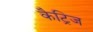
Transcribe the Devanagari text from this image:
कैट्रिज